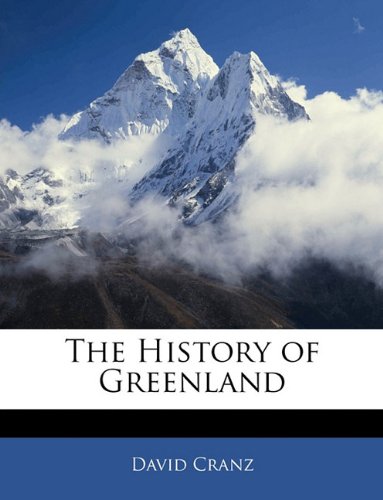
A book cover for The History of Greenland; David Cranz; History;